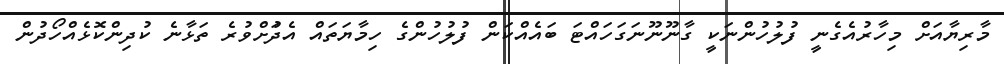
މާރިޔާއަށްްްްް މިހާރުއެގެނީ ފުލުހުންނަކީ ގާނޫނޫނަގަހައްޓަ ބައެއްކަން ފުލުހުންގެ ހިމާޔަތައް އެދުަށްވުރެ ތަޅާނެ ކުދިންކޮޅެއްހޯދުން